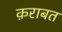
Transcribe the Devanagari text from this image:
क़राबत